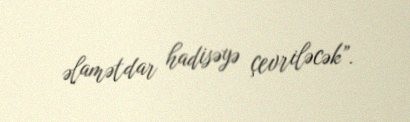
əlamətdar hadisəyə çevriləcək”.